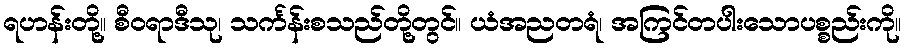
ရဟန်းတို့။ စီဝရာဒီသု၊ သင်္ကန်းစသည်တို့တွင်။ ယံအညတရံ၊ အကြင်တပါးသောပစ္စည်းကို။